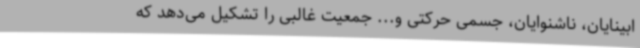
ابینایان، ناشنوایان، جسمی حرکتی و... جمعیت غالبی را تشکیل می‌دهد که